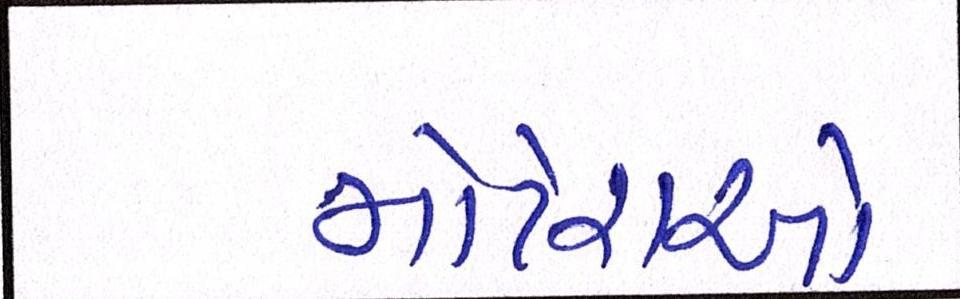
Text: મોટેરાઓ